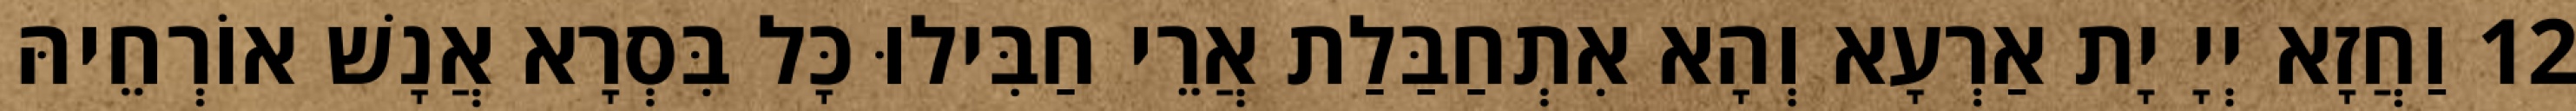
12 וַחֲזָא יְיָ יָת אַרְעָא וְהָא אִתְחַבַּלַת אֲרֵי חַבִּילוּ כָּל בִּסְרָא אֲנָשׁ אוֹרְחֵיהּ